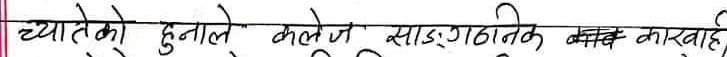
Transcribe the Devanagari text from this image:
च्यातेको हुनाले कलेज सांगठनिक नसम्बद्ध कारबाही